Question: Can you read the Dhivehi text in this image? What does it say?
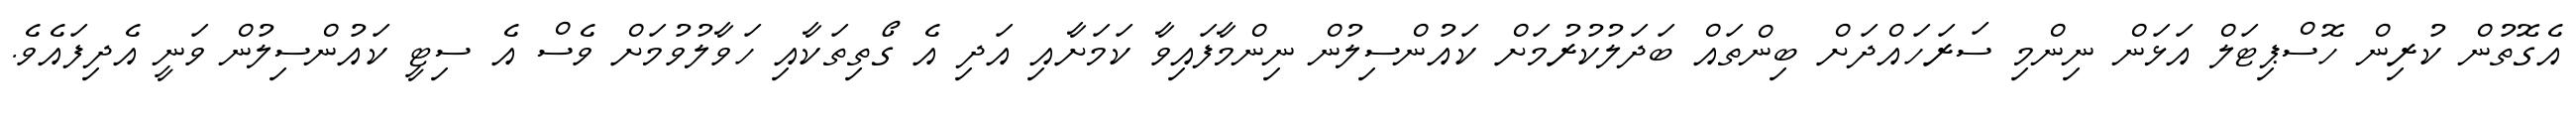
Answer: އެގޮތުން ކުރިން ހޮސްޕިޓަލް އަޅަން ނިންމި ސަރަހައްދަށް ބިންތައް ބަދަލުކުރުމަށް ކައުންސިލުން ނިންމާފައިވާ ކަމަށާއި އަދި އެ ގޯތިތަކާއި ހަވާލުވުމަށް ވެސް އެ ސިޓީ ކައުންސިލުން ވަނީ އެދިފައެވެ.